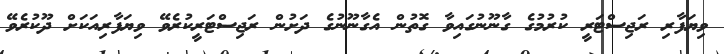
ވިޔަފާރި ރަޖިސްޓަރީ ކުރުމުގެ ގާނޫނުގައިވާ ގޮތުން އެގާނޫނުގެ ދަށުން ރަޖިސްޓަރީކުރެވޭ ވިޔަފާރިއަކަށް ދޫކުރެވޭ